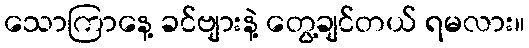
သောကြာနေ့ ခင်ဗျားနဲ့ တွေ့ချင်တယ် ရမလား။